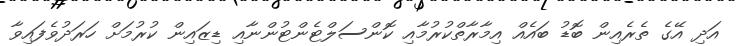
އަދި އޭގެ ތެރެއިން ބޮޑު ބައެއް އިމާރާތްކުރުމާއި ކޮންސަލްޓެންޓުންނާއި ޑިޒައިން ކުރުމަށް ހަރަދުވެފައިވާ